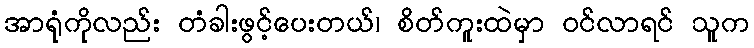
အာရုံကိုလည်း တံခါးဖွင့်ပေးတယ်၊ စိတ်ကူးထဲမှာ ဝင်လာရင် သူက